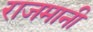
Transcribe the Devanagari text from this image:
राजमानी